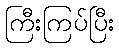
ကြီးကြပ်ပြီး